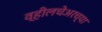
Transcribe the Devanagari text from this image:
व्हीलचेअरच्या